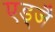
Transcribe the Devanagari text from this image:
एड्जै